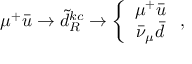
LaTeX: \mu ^ { + } \bar { u } \to \tilde { d } _ { R } ^ { k c } \to \left\{ \begin{array} { c } { { \mu ^ { + } \bar { u } } } \\ { { \bar { \nu } _ { \mu } \bar { d } } } \end{array} \right. ,